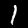
Label: 1